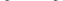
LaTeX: \smash{3\times 3}